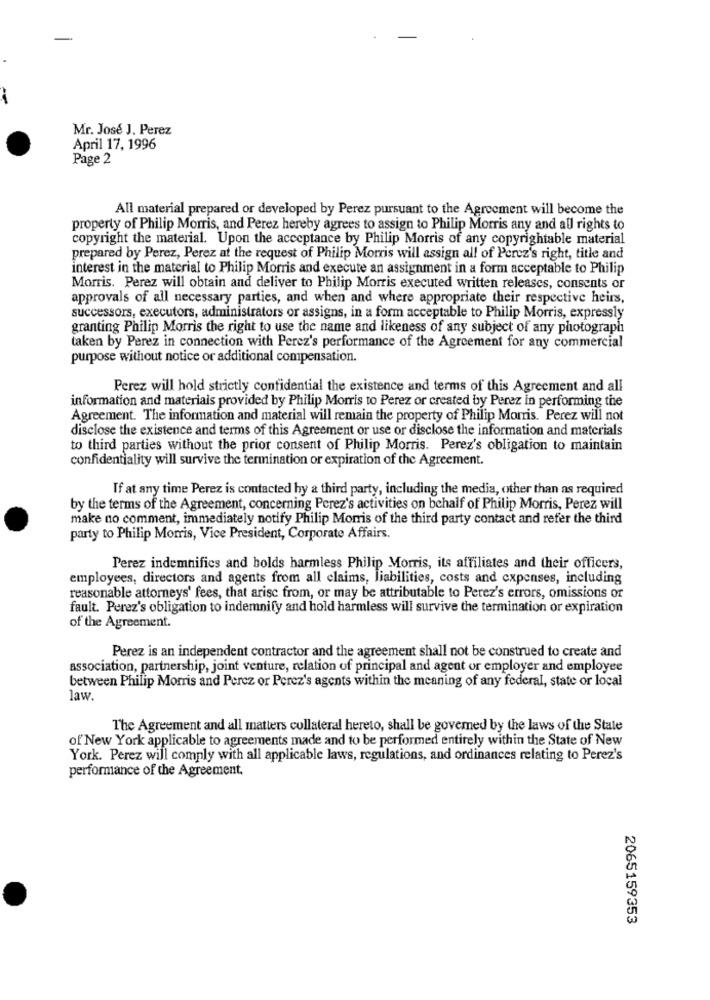
Mr. José J. Perez
April 17, 1996
Page 2
All material prepared or developed by Perez pursuant to the Agreement will become the
property of Philip Morris, and Perez hereby agrees to assign to Philip Morris any and all rights to
copyright the material. Upon the acceptance by Philip Morris of any copyrightable material
prepared by Perez, Perez at the request of Philip Morris will assign all of Perez's right, title and
interest in the material to Philip Morris and execute an assignment in a form acceptable to Philip
Morris. Perez will obtain and deliver to Philip Morris executed written releases, consents or
approvals of all necessary parties, and when and where appropriate their respective heirs,
successors, executors, administrators or assigns, in a form acceptable to Philip Morris, expressly
granting Philip Morris the right to use the name and likeness of any subject of any photograph
taken by Perez in connection with Perez's performance of the Agreement for any commercial
purpose without notice or additional compensation.
Perez will hold strictly confidential the existence and terms of this Agreement and all
information and materials provided by Philip Morris to Perez or created by Perez in performing the
Agreement. The information and material will remain the property of Philip Morris. Perez will not
disclose the existence and terms of this Agreement or use or disclose the information and materials
to third parties without the prior consent of Philip Morris. Perez's obligation to maintain
confidentiality will survive the termination or expiration of the Agreement.
If at any time Perez is contacted by a third party, including the media, other than as required
by the terms of the Agreement, concerning Perez's activities on behalf of Philip Morris, Perez will
make no comment, immediately notify Philip Morris of the third party contact and refer the third
party to Philip Morris, Vice President, Corporate Affairs.
Perez indemnifies and holds harmless Philip Morris, its affiliates and their officers,
employees, directors and agents from all claims, liabilities, costs and expenses, including
reasonable attorneys' fees, that arise from, or may be attributable to Perez's errors, omissions or
fault. Perez's obligation to indemnify and hold harmless will survive the termination or expiration
of the Agreement.
Perez is an independent contractor and the agreement shall not be construed to create and
association, partnership, joint venture, relation of principal and agent or employer and employee
between Philip Morris and Percz or Perez's agents within the meaning of any federal, state or local
law.
The Agreement and all matters collateral hereto, shall be governed by the laws of the State
of New York applicable to agreements made and to be performed entirely within the State of New
York. Perez will comply with all applicable laws, regulations, and ordinances relating to Perez's
performance of the Agreement.
2065159353